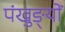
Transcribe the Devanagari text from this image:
पंखुङ्यों